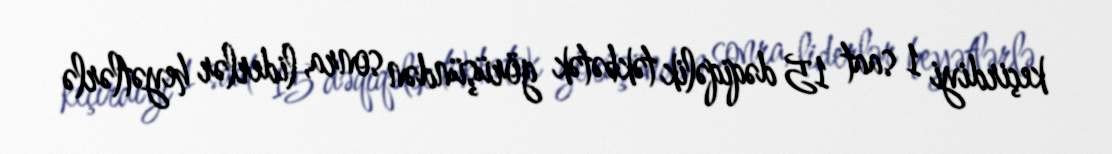
keçirdiyi 1 saat 15 dəqiqəlik təkbətək görüşündən sonra, liderlər heyətlərlə